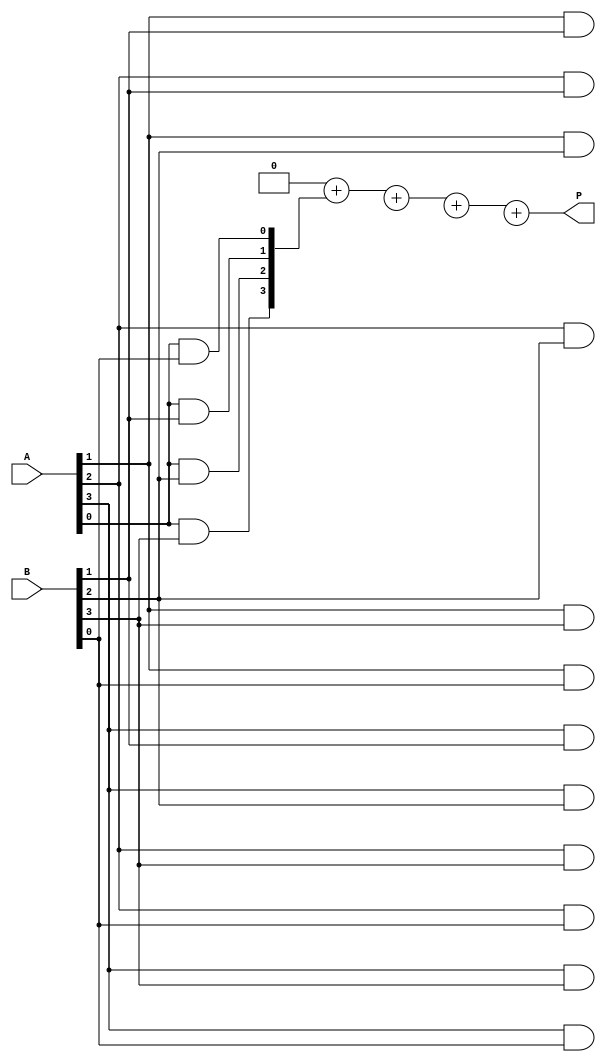
module vedic_multiplier #(parameter N = 4) (
    input [N-1:0] A,  // First operand
    input [N-1:0] B,  // Second operand
    output reg [2*N-1:0] P // Product of A and B
);
    reg [2*N-1:0] partial_products [0:N-1]; // Array to hold partial products
    integer i, j;

    always @(*) begin
        // Initialize the product to zero
        P = 0;

        // Generate partial products
        for (i = 0; i < N; i = i + 1) begin
            for (j = 0; j < N; j = j + 1) begin
                // Generate the partial product based on A[i] and B[j]
                partial_products[i][i+j] = A[i] & B[j];
            end
        end

        // Crosswise Addition of partial products
        // This is a simple addition based on the generated partial products
        for (i = 0; i < N; i = i + 1) begin
            P = P + partial_products[i];
        end
    end
endmodule